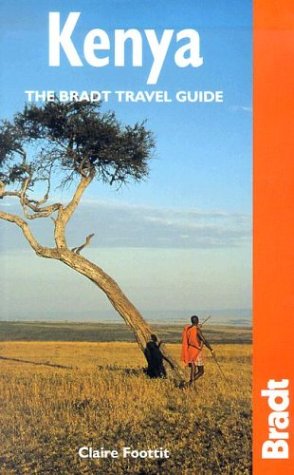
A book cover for Kenya: The Bradt Travel Guide; Claire Foottit; Travel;